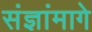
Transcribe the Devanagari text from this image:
संज्ञांमागे